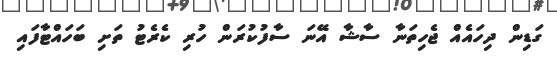
ގަޑިން ދިހައެއް ޖެހިތަނާ ސާޝާ އޭނަ ސާފުކުރަން ހުރި ކެރެޓު ތަށި ބަހައްޓާފައި